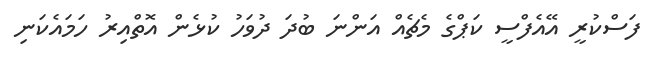
ފަސްކުރީ އޭއެފްސީ ކަޕްގެ މެޗެއް އަންނަ ބުދަ ދުވަހު ކުޅެން އޮތްއިރު ހަމައެކަނި